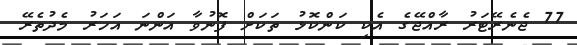
77 ޖެނެރޭޓަރު ރާއްޖޭގެ އެކި ކަންކޮޅު ތަކަށް ފޮނުވާ އަންނަ އަހަރު މެދުތެރޭ